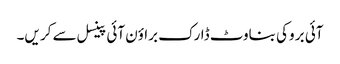
آئی بر وکی بناوٹ ڈارک براؤن آئی پینسل سے کر یں۔